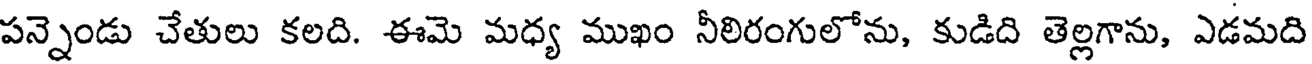
పన్నెండు చేతులు కలది. ఈమె మధ్య ముఖం నీలిరంగులోను, కుడిది తెల్లగాను, ఎడమది